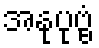
အနုပုဗ္ဗံ